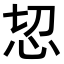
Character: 𢗧